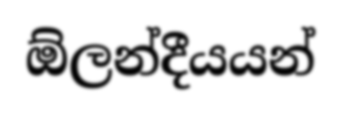
ඕලන්දීයයන්